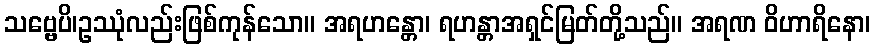
သဗ္ဗေပိ၊ဥဿုံလည်းဖြစ်ကုန်သော။ အရဟန္တော၊ ရဟန္တာအရှင်မြတ်တို့သည်။ အရဏ ဝိဟာရိနော၊